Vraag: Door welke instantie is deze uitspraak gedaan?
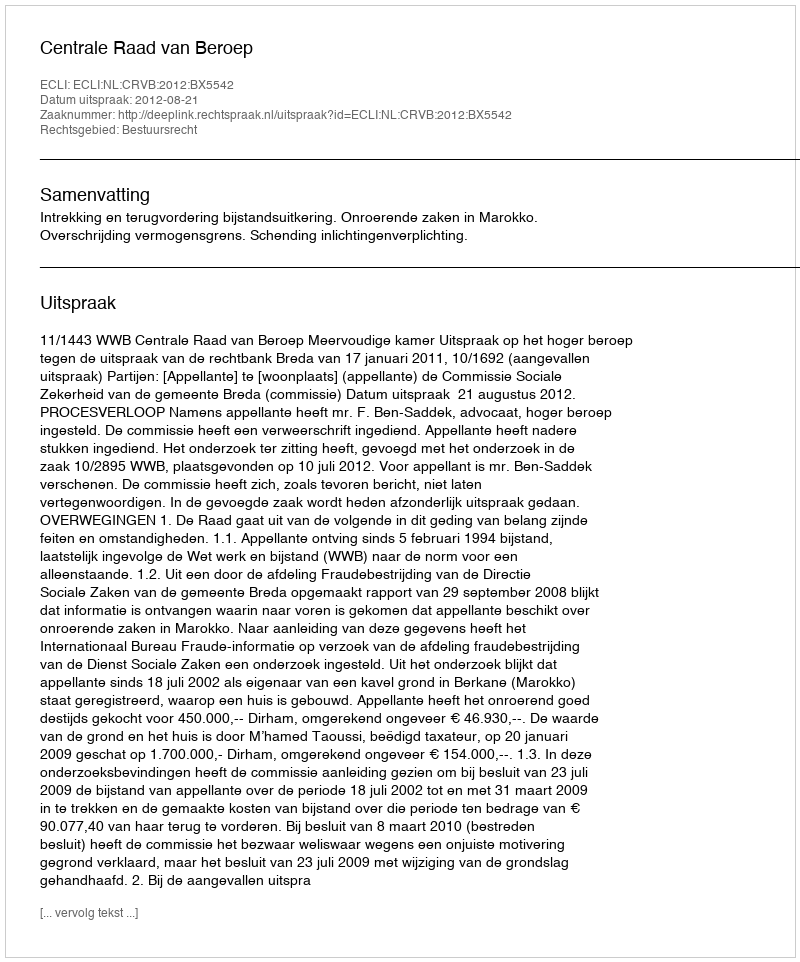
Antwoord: Centrale Raad van Beroep